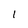
Character: I